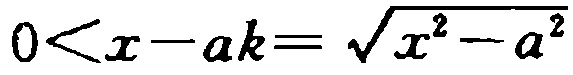
\(0<x - ak=\sqrt{x^{2}-a^{2}}\)